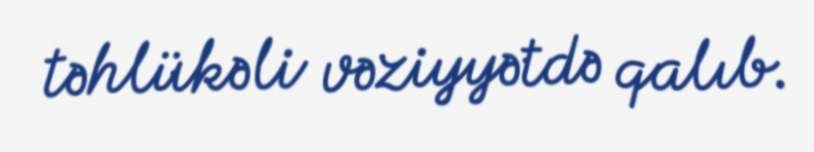
təhlükəli vəziyyətdə qalıb.